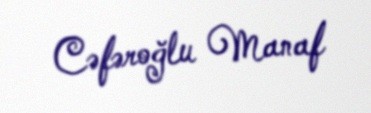
Cəfəroğlu Manaf